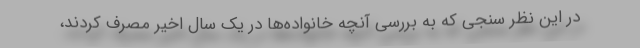
در اين نظر سنجي كه به بررسي آنچه خانواده‌ها در يك سال اخير مصرف كردند،